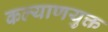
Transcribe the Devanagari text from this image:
कल्याणयुक्त